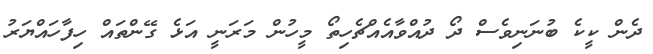
ދެން ކީކެ ބުނަނިވެސް ދޯ ދުއްވާއެއްޗެހިތޯ މީހުން މަރަނީ އަޅެ ގޭންތައް ހިފާހައްޔަރު